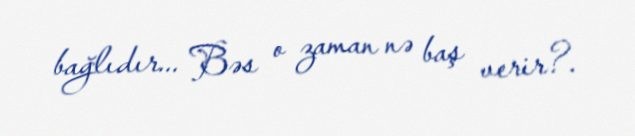
bağlıdır... Bəs o zaman nə baş verir?.